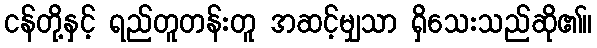
ငန်တို့နှင့် ရည်တူတန်းတူ အဆင့်မျှသာ ရှိသေးသည်ဆို၏။